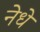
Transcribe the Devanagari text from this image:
नेधे